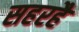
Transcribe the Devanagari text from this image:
सहरहै